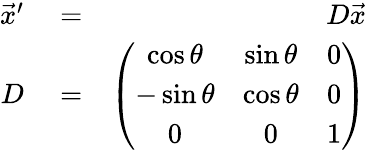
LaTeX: \begin{array}{rlr}{\vec{x}^{\prime}}&{{}=}&{D\vec{x}}\\ {D}&{{}=}&{\left(\begin{array}{ccc}{\cos\theta}&{\sin\theta}&{0}\\ {-\sin\theta}&{\cos\theta}&{0}\\ {0}&{0}&{1}\end{array}\right)}\end{array}